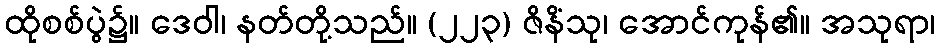
ထိုစစ်ပွဲ၌။ ဒေဝါ၊ နတ်တို့သည်။ (၂၂၃) ဇိနိံသု၊ အောင်ကုန်၏။ အသုရာ၊